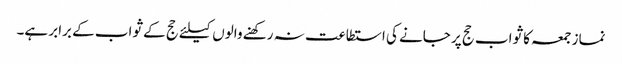
نماز جمعہ کا ثواب حج پر جانے کی استطاعت نہ رکھنے والوں کیلئے حج کے ثواب کے برابر ہے۔